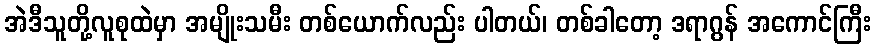
အဲဒီသူတို့လူစုထဲမှာ အမျိုးသမီး တစ်ယောက်လည်း ပါတယ်၊ တစ်ခါတော့ ဒရာဂွန် အကောင်ကြီး